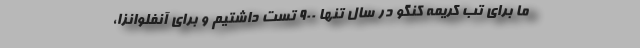
ما برای تب کریمه کنگو در سال تنها ۹۰۰ تست داشتیم و برای آنفلوانزا،